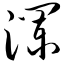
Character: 澜